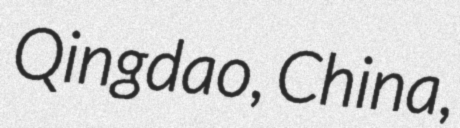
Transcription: Qingdao, China,